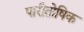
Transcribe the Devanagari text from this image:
पारीतोषिक